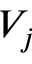
V _ { j }